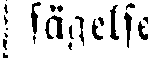
| sägelse